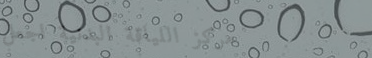
مركز اللياقة البدنية اجعل